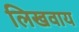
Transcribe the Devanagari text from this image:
लिखवाय